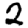
Digit: 2